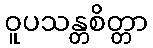
ဝူပသန္တစိတ္တာ